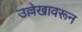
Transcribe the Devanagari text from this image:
उल्लेखावरून